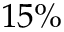
1 5 \%